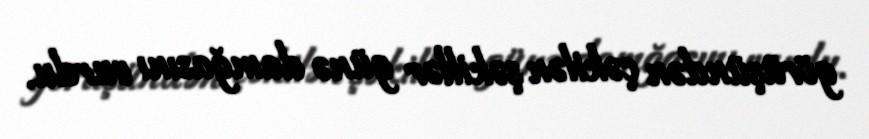
görüşündən çəkilən şəkillər günə damğasını vurdu.